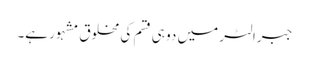
جبرالٹر میں دو ہی قسم کی مخلوق مشہور ہے۔